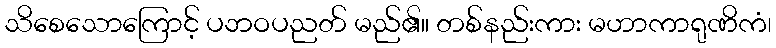
သိစေသောကြောင့် ပဘဝပညတ် မည်၏။ တစ်နည်းကား မဟာကာရုဏိကံ၊